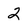
Character: 2